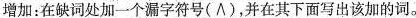
增加: 在缺词处加一个漏字符号(\wedge ),并在其下面写出该加的词.